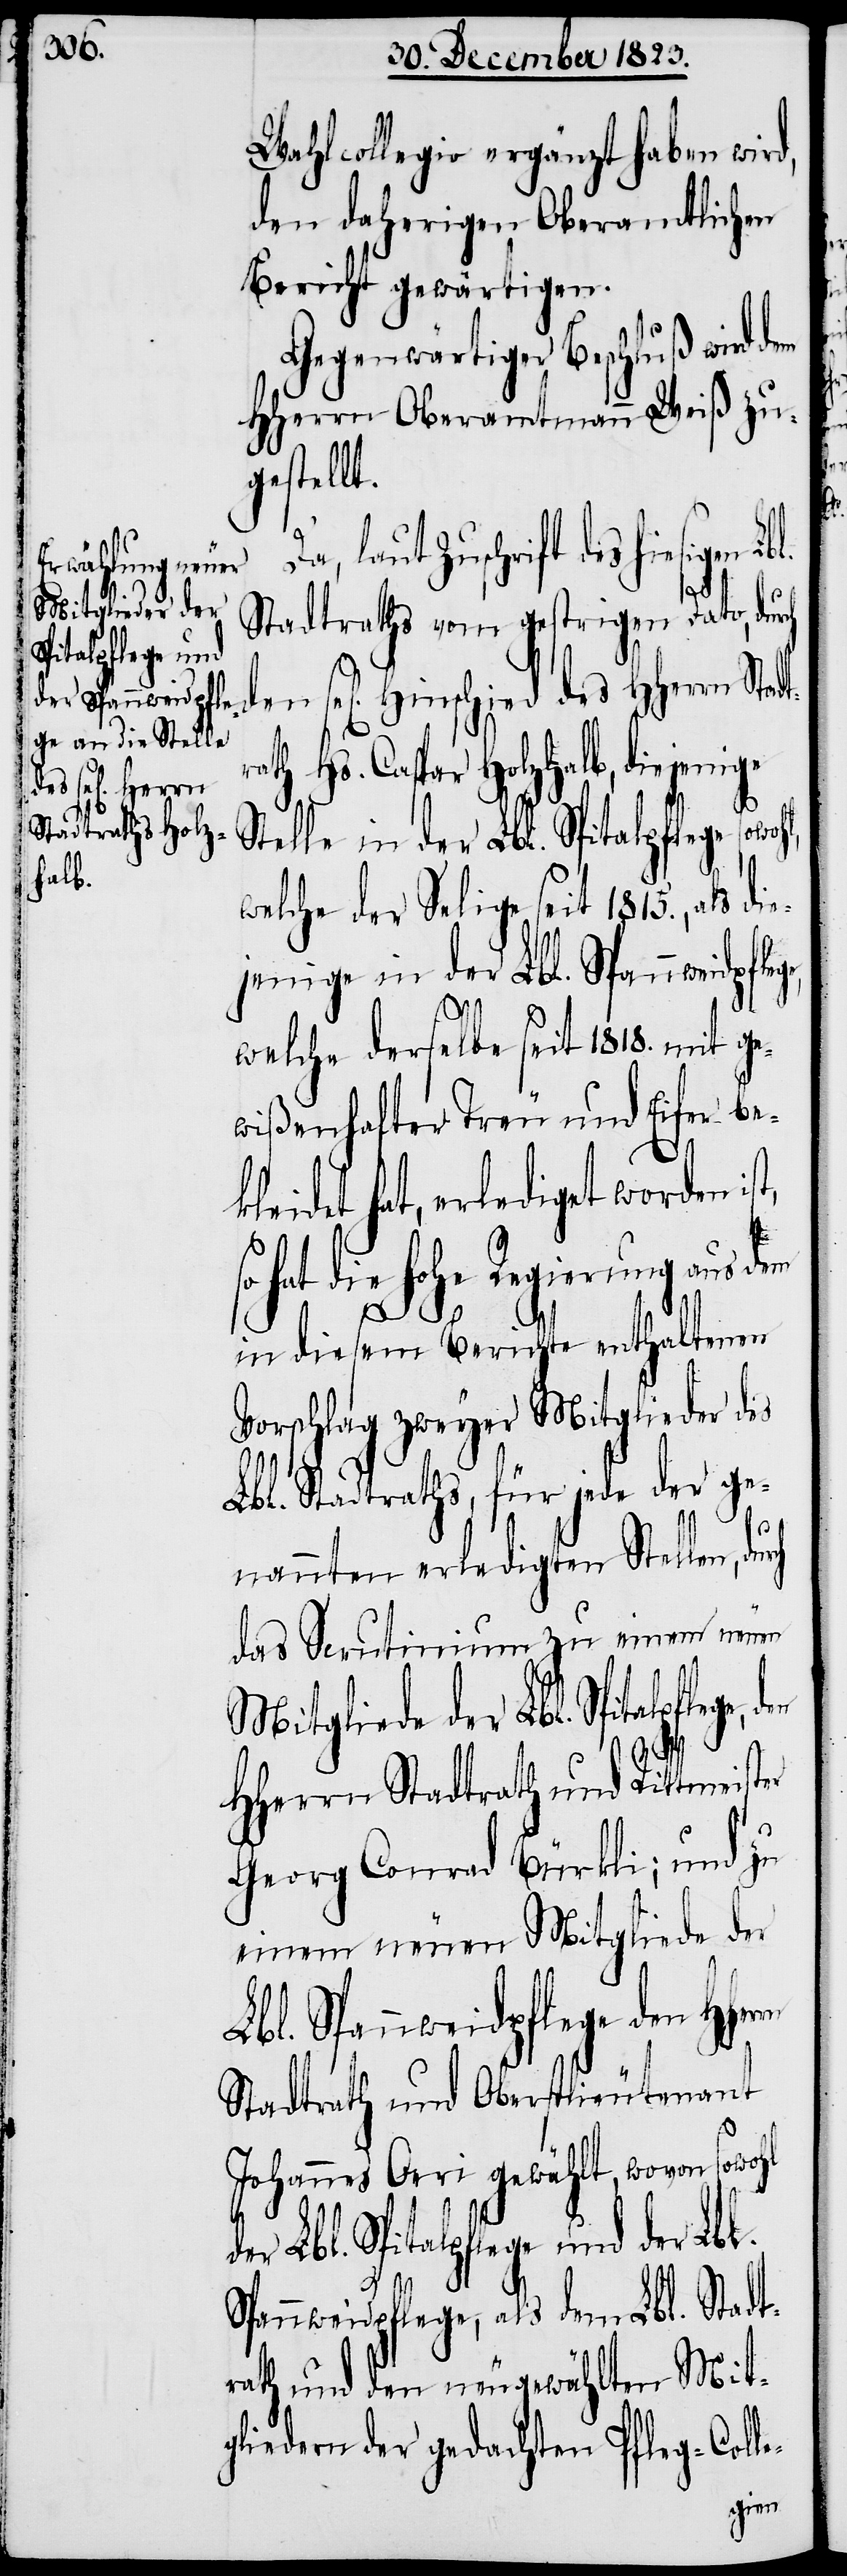
Mitgliede der
Spitalpflege und

Wahlcollegio ergänzt haben wird,
den daherigen Oberamtlichen
Bericht gewärtigen.
Gegenwärtiger Beschluß wird dem
HHerrn Oberamtmann Weiß zu¬
gestellt.
laut Zuschrift des hiesigen L¬
bl.
Stadtraths vom gestrigen Dato, dur¬
gen] Hinschied des HHerrn Stad¬
raths Hs. Caspar Holzhalb, diejenige
t,
Stelle in der Lbl. Spitalpflege sow¬
welche der Selige seit 1815., als di¬
ejenige in der Lbl. Spannweidpfle¬
der Lbl.
welche derselbe seit 1818. mit ge¬
wißenhafter Treu und Eifer be¬
kleidet hat, erlediget worden is¬
so hat die hohe Regierung aus dem
ch
in diesem Berichte enthaltenen
Vorschlag zweyer Mitglieder des
Lbl. Stadtraths, für jede der ge¬
ch
den
nannten erledigten Stellen, dur¬
das Scrutinium zu einem neuen
HHerrn Stadtrath und Rittmeister
Georg Conrad Bürkli; und zu
einem neuen Mitgliede der
Lbl. Spannweidpflege den
Stadtrath und Oberstlieutenant
Johannes Oeri gewählt, wovon sowohl
Spannweidpflege, als dem Lbl. Stadt¬
rath und den neugewählten Mit¬
gliedern der gedachten Pfleg-Colle-